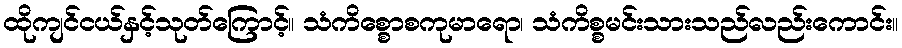
ထိုကျင်ငယ်နှင့်သုတ်ကြောင့်။ သံကိစ္စောစကုမာရော၊ သံကိစ္စမင်းသားသည်လည်းကောင်း။